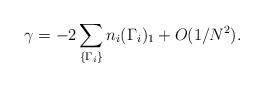
LaTeX: \begin{align*}\gamma = -2 \sum_{\{\Gamma_i\}} n_i (\Gamma_i)_1+O(1/N^{2}).\end{align*}